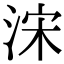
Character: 浨